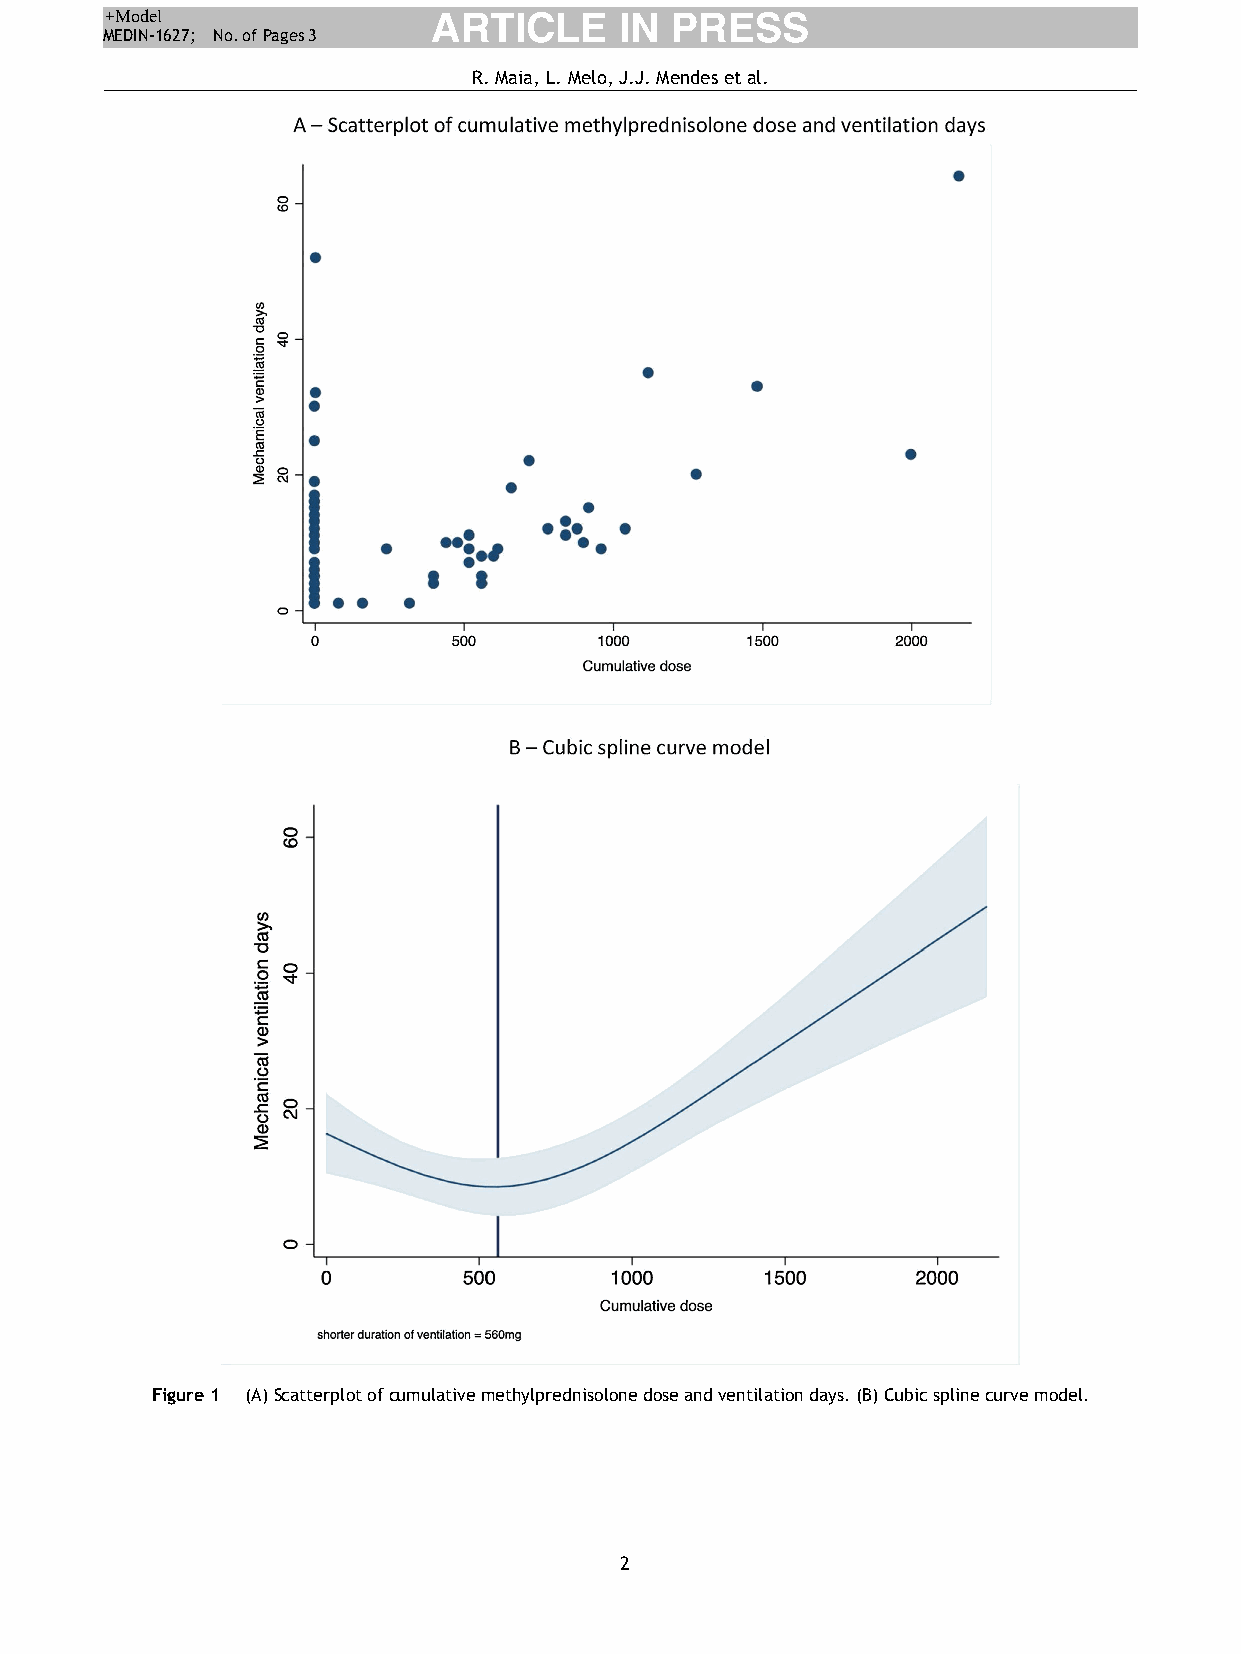
+Model                ARTICLE     IN  PRESS
 MEDIN-1627; No.of Pages3
 R.Maia,L.Melo,J.J.Mendesetal.
 Figure1 (A)Scatterplotofcumulativemethylprednisolonedoseandventilationdays.(B)Cubicsplinecurvemodel.
 2